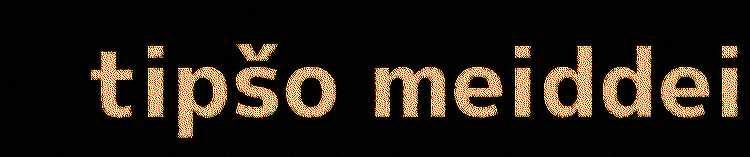
tipšo meiddei